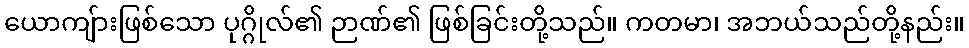
ယောကျ်ားဖြစ်သော ပုဂ္ဂိုလ်၏ ဉာဏ်၏ ဖြစ်ခြင်းတို့သည်။ ကတမာ၊ အဘယ်သည်တို့နည်း။